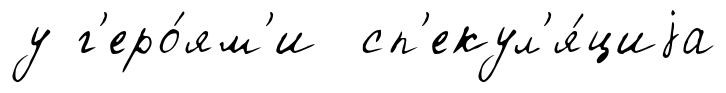
у г'еро́ям'и сп'екул'я́циjа